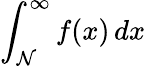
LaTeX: \int_{\mathcal{N}}^{\infty}f(x)\, dx